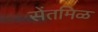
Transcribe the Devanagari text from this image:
सेंतमिळ